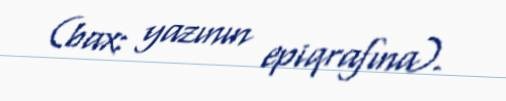
(bax: yazının epiqrafına).